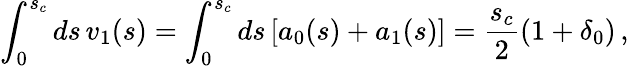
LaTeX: \int_{0}^{s_{c}}ds\, v_{1}(s)=\int_{0}^{s_{c}}ds\, [a_{0}(s)+a_{1}(s)]=\frac{s_{c}}{2}(1+\delta_{0})\, ,